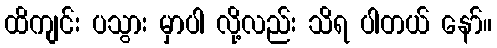
ထိကျင်း ပသွား မှာပါ လို့လည်း သိရ ပါတယ် နော်။